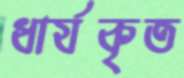
ধার্যকৃত